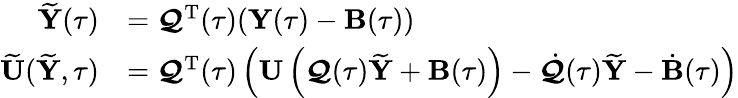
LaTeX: \begin{array}{rl}{\widetilde{{\mathbf Y}}(\tau)}&{=\boldsymbol{\mathcal Q}^{{\mathrm T}}(\tau)({\mathbf Y}(\tau)-{\mathbf B}(\tau))}\\ {\widetilde{{\mathbf U}}(\widetilde{{\mathbf Y}},\tau)}&{=\boldsymbol{\mathcal Q}^{{\mathrm T}}(\tau)\left({\mathbf U}\left(\boldsymbol{\mathcal Q}(\tau)\widetilde{{\mathbf Y}}+{\mathbf B}(\tau)\right)-\dot{\boldsymbol{\mathcal Q}}(\tau)\widetilde{{\mathbf Y}}-\dot{{\mathbf B}}(\tau)\right)}\end{array}